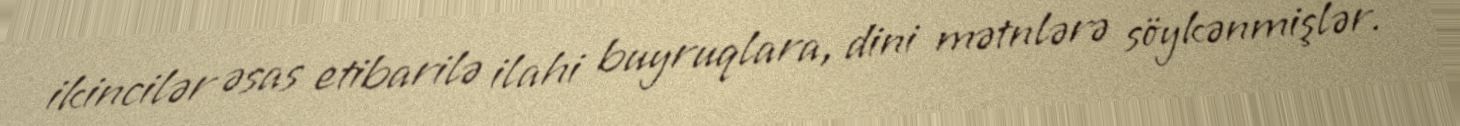
ikincilər əsas etibarilə ilahi buyruqlara, dini mətnlərə söykənmişlər.